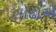
લોઢાએ